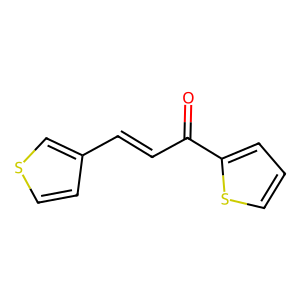
SMILES: O=C(C=Cc1ccsc1)c1cccs1
Inhibits HIV replication: No